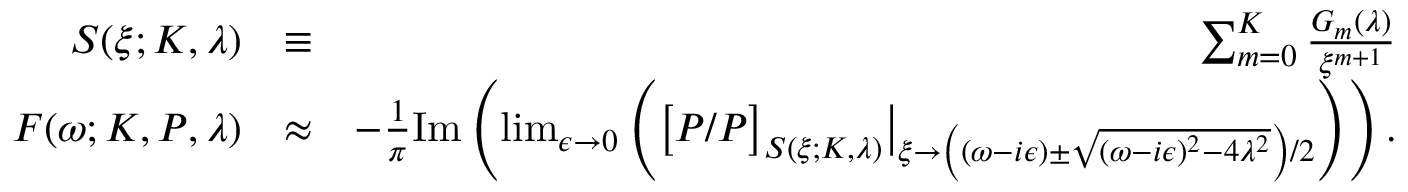
\begin{array} { r l r } { S ( \xi ; K , \lambda ) } & { \equiv } & { \sum _ { m = 0 } ^ { K } \frac { G _ { m } ( \lambda ) } { \xi ^ { m + 1 } } } \\ { F ( \omega ; K , P , \lambda ) } & { \approx } & { - \frac { 1 } { \pi } \mathrm { I m } \left( \operatorname* { l i m } _ { \epsilon \to 0 } \left( \big [ P / P \big ] _ { S ( \xi ; K , \lambda ) } \big \vert _ { \xi \to \left( ( \omega - i \epsilon ) \pm \sqrt { ( \omega - i \epsilon ) ^ { 2 } - 4 \lambda ^ { 2 } } \right) / 2 } \right) \right) . } \end{array}